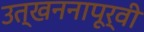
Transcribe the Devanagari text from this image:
उत्खननापूर्वी